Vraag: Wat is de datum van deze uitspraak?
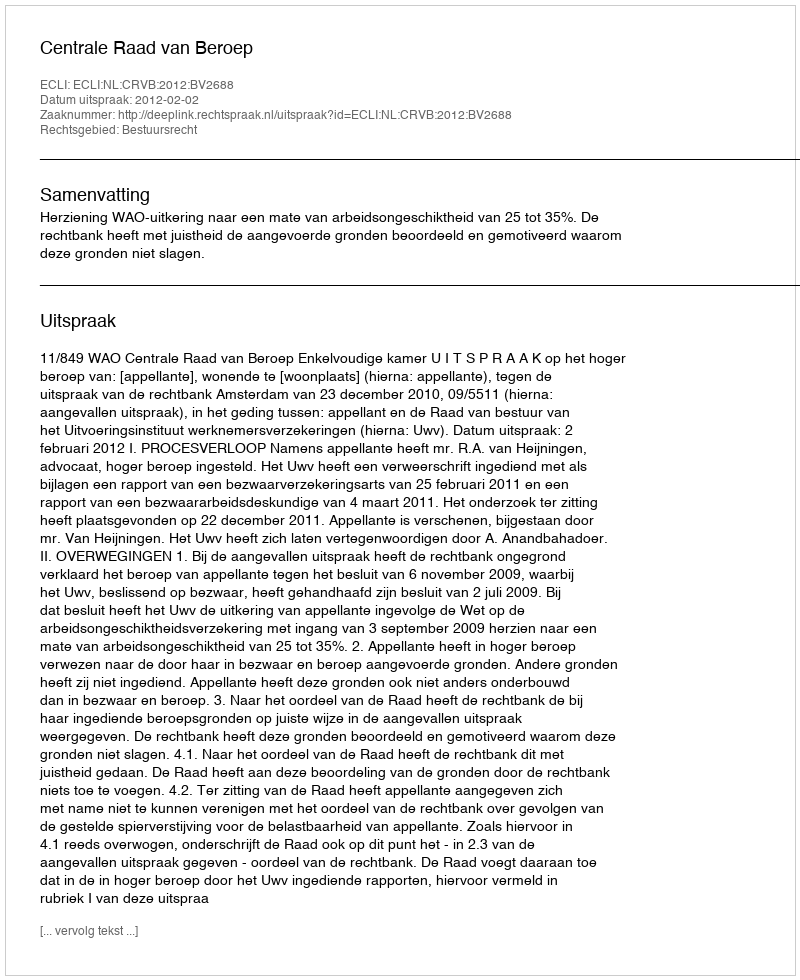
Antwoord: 2012-02-02